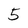
Character: 5